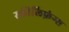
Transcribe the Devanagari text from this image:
स्कील्फ़िंग्स